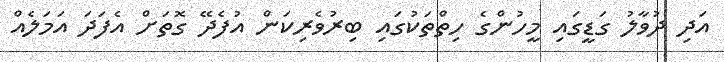
އަދި ދުވާލު ގަޑީގައި މީހުންގެ ހިތްތަކުގައި ބިރުވެރިކަން އުފެދޭ ގޮތަށް އެފަދަ އަމަލެއް